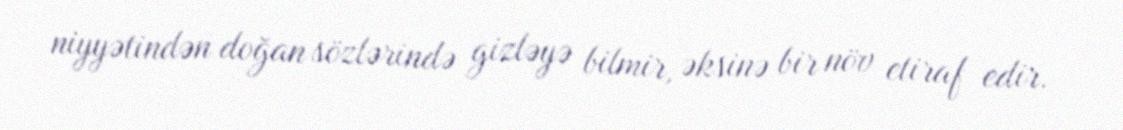
niyyətindən doğan sözlərində gizləyə bilmir, əksinə bir növ etiraf edir.